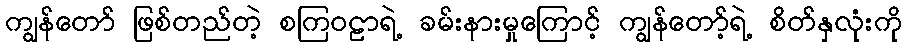
ကျွန်တော် ဖြစ်တည်တဲ့ စကြဝဠာရဲ့ ခမ်းနားမှုကြောင့် ကျွန်တော့်ရဲ့ စိတ်နှလုံးကို